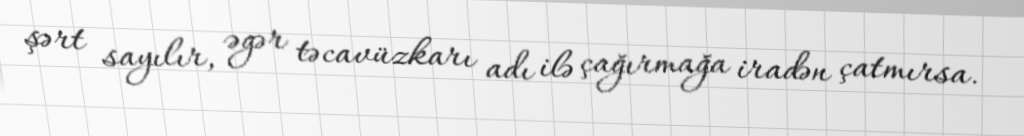
şərt sayılır, əgər təcavüzkarı adı ilə çağırmağa iradən çatmırsa.